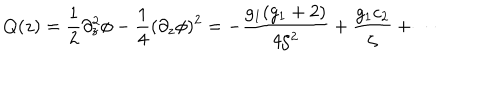
Q ( z ) = \frac { 1 } { 2 } \partial _ { z } ^ { 2 } \phi - \frac { 1 } { 4 } ( \partial _ { z } \phi ) ^ { 2 } = - \frac { g _ { 1 } ( g _ { 1 } + 2 ) } { 4 \zeta ^ { 2 } } + \frac { g _ { 1 } c _ { 2 } } { \zeta } + \cdots